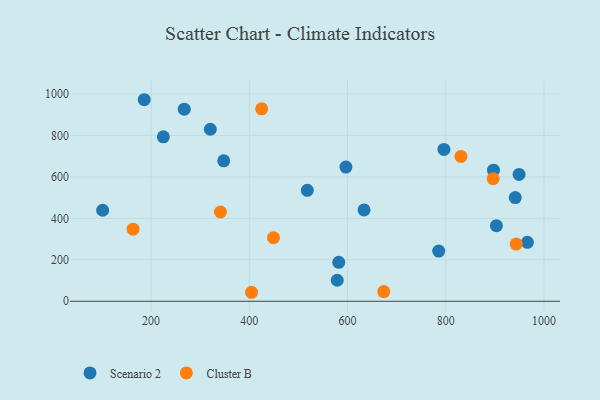
{"axis": {"x": "Experience", "y": "Profit"}, "legend": ["Cluster B", "Scenario 2"], "data": [{"x": "320.6", "y": 829.6, "type": "Scenario 2"}, {"x": "267.6", "y": 926.1, "type": "Scenario 2"}, {"x": "941.4", "y": 499.9, "type": "Scenario 2"}, {"x": "579.0", "y": 101.3, "type": "Scenario 2"}, {"x": "225.0", "y": 793.1, "type": "Scenario 2"}, {"x": "101.4", "y": 438.9, "type": "Scenario 2"}, {"x": "633.6", "y": 440.3, "type": "Scenario 2"}, {"x": "347.9", "y": 677.2, "type": "Scenario 2"}, {"x": "596.7", "y": 647.2, "type": "Scenario 2"}, {"x": "903.0", "y": 364.4, "type": "Scenario 2"}, {"x": "966.1", "y": 284.4, "type": "Scenario 2"}, {"x": "582.2", "y": 187.7, "type": "Scenario 2"}, {"x": "518.1", "y": 535.2, "type": "Scenario 2"}, {"x": "186.1", "y": 971.9, "type": "Scenario 2"}, {"x": "785.6", "y": 242.1, "type": "Scenario 2"}, {"x": "796.2", "y": 732.4, "type": "Scenario 2"}, {"x": "897.1", "y": 632.1, "type": "Scenario 2"}, {"x": "949.2", "y": 611.6, "type": "Scenario 2"}, {"x": "673.8", "y": 46.9, "type": "Cluster B"}, {"x": "449.2", "y": 306.8, "type": "Cluster B"}, {"x": "896.5", "y": 591.1, "type": "Cluster B"}, {"x": "943.3", "y": 275.9, "type": "Cluster B"}, {"x": "425.1", "y": 928.2, "type": "Cluster B"}, {"x": "341.2", "y": 430.4, "type": "Cluster B"}, {"x": "830.9", "y": 698.4, "type": "Cluster B"}, {"x": "404.6", "y": 43.4, "type": "Cluster B"}, {"x": "163.4", "y": 347.6, "type": "Cluster B"}]}